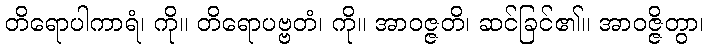
တိရောပါကာရံ၊ ကို။ တိရောပဗ္ဗတံ၊ ကို။ အာဝဇ္ဇတိ၊ ဆင်ခြင်၏။ အာဝဇ္ဇိတွာ၊